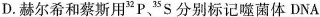
D.赫尔希和蔡斯用^{32}P、^{35}S分别标记噬菌体DNA